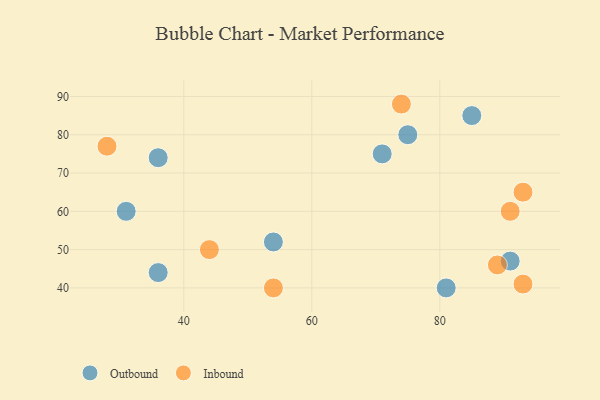
{"axis": {"x": "GDP", "y": "Life Expectancy"}, "legend": ["Inbound", "Outbound"], "data": [{"x": "71", "y": 75, "type": "Outbound"}, {"x": "36", "y": 44, "type": "Outbound"}, {"x": "54", "y": 52, "type": "Outbound"}, {"x": "36", "y": 74, "type": "Outbound"}, {"x": "85", "y": 85, "type": "Outbound"}, {"x": "75", "y": 80, "type": "Outbound"}, {"x": "81", "y": 40, "type": "Outbound"}, {"x": "91", "y": 47, "type": "Outbound"}, {"x": "31", "y": 60, "type": "Outbound"}, {"x": "89", "y": 46, "type": "Inbound"}, {"x": "91", "y": 60, "type": "Inbound"}, {"x": "44", "y": 50, "type": "Inbound"}, {"x": "28", "y": 77, "type": "Inbound"}, {"x": "93", "y": 41, "type": "Inbound"}, {"x": "74", "y": 88, "type": "Inbound"}, {"x": "54", "y": 40, "type": "Inbound"}, {"x": "93", "y": 65, "type": "Inbound"}]}